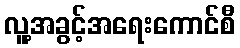
လူ့အခွင့်အရေးကောင်စီ